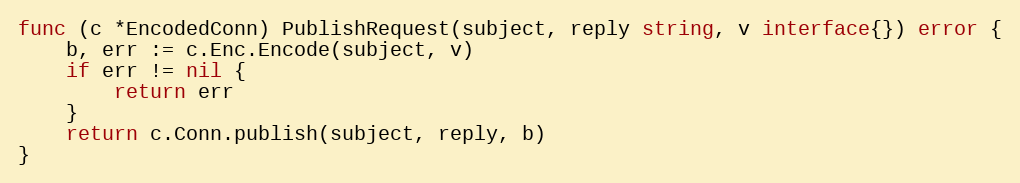
Language: Go
func (c *EncodedConn) PublishRequest(subject, reply string, v interface{}) error {
	b, err := c.Enc.Encode(subject, v)
	if err != nil {
		return err
	}
	return c.Conn.publish(subject, reply, b)
}